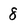
Character: 8